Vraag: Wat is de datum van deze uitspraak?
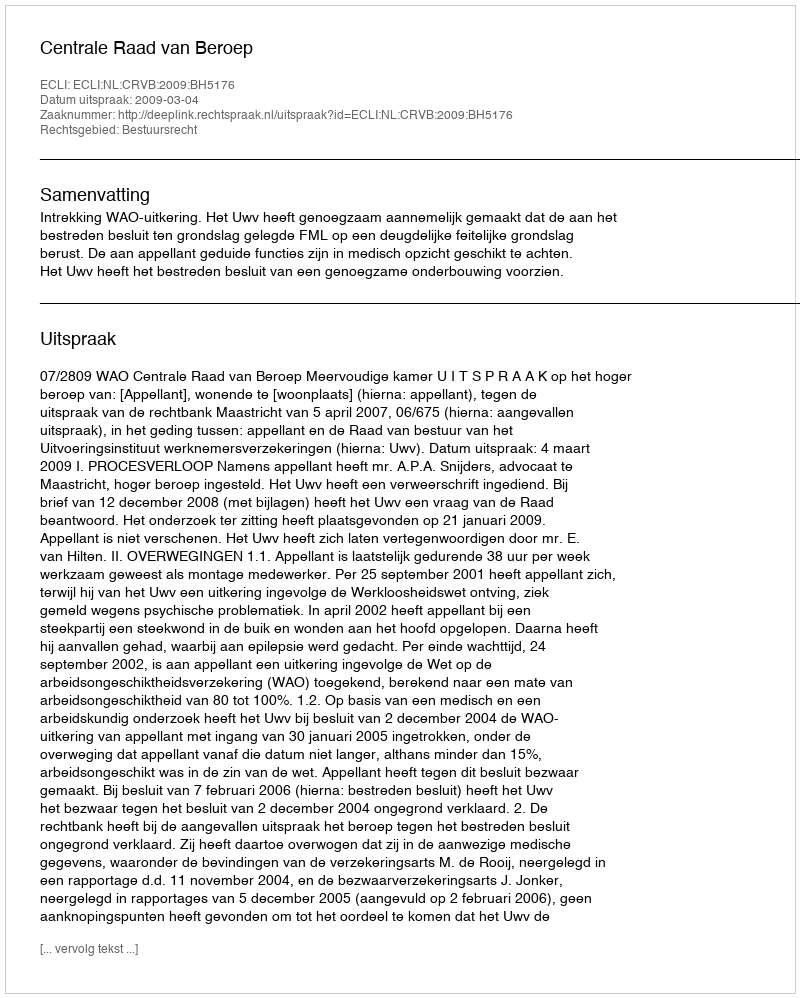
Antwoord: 2009-03-04